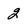
Character: 2